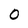
Character: 0